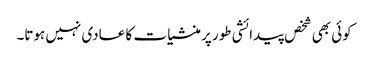
کوئی بھی شخص پیدائشی طور پر منشیا ت کا عادی نہیں ہوتا۔